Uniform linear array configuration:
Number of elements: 12
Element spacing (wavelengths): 0.25
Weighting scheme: hann
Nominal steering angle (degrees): -45
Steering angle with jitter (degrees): -46.569
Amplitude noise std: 0.05
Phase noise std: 0.05

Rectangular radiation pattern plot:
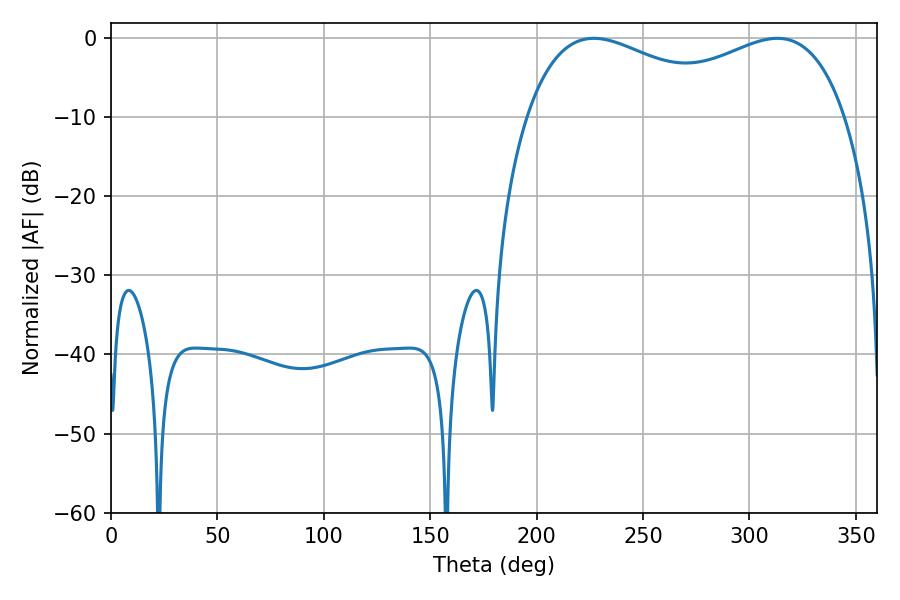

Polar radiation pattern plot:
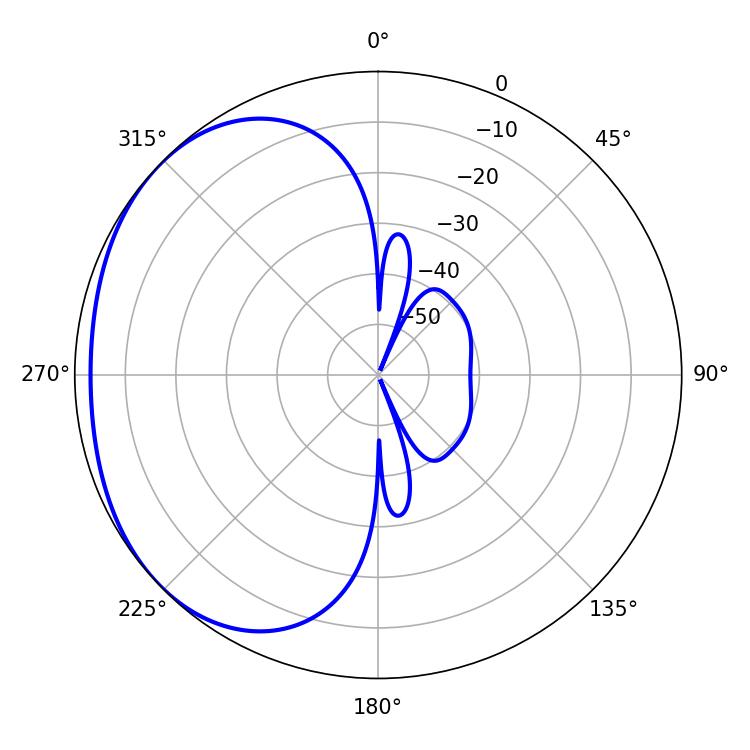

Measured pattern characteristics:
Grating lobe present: FALSE
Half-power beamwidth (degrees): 56.52
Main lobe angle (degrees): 226.8